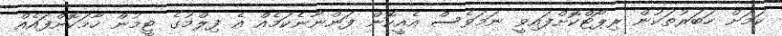
ކަމަށް ހަބަރުތަކުން ރިޕޯޓްކޮށްފައިވީ ނަމަވެސް އެއީކޮން ފަންނާނެކަމެއް އެ ފިލްމުގެ ޓީމުން ހާމަކޮށްފައެއް